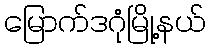
မြောက်ဒဂုံမြို့နယ်